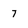
Character: 7